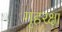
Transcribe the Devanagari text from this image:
गृहरक्षा